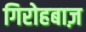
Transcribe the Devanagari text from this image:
गिरोहबाज़